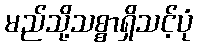
မည်သို့သစ္စာရှိသင့်ပုံ